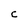
Character: c